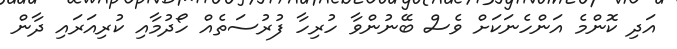
އަދި ކޮންމެ އަންހެނަކަށް ވެސް ބޭނުންވާ ހުރިހާ ފުރުސަތެއް ހޯދުމާއި ކުރިއަރައި ދާން